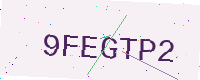
Text: 9FEGTP2